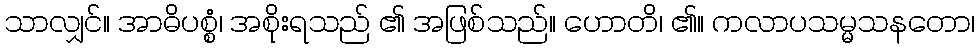
သာလျှင်။ အာဓိပစ္စံ၊ အစိုးရသည် ၏ အဖြစ်သည်။ ဟောတိ၊ ၏။ ကလာပသမ္မသနတော၊